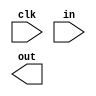
`timescale 1ns / 1ps
//////////////////////////////////////////////////////////////////////////////////
// Company: 
// Engineer: 
// 
// Design Name: 
// Module Name: shift8reg
// Project Name: 
// Target Devices: 
// Tool Versions: 
// Description: 
// 
// Dependencies: 
// 
// Revision:
// Revision 0.01 - File Created
// Additional Comments:
// 
//////////////////////////////////////////////////////////////////////////////////


module shift8reg(
clk,in,out
    );
    input clk,in;
    output out;
    reg [7:0] bits;
    always@(posedge clk)begin
        bits <= bits << 1;
        bits[0]<=in;
    end
endmodule